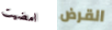
امضيت القرض